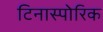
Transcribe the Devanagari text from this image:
टिनास्पोरिक